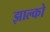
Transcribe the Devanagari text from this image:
झाल्को